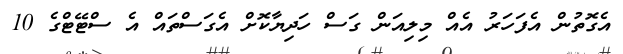
އެގޮތުން އެފަހަރު އެއް މިލިއަން ގަސް ހަދިޔާކޮށް އެގަސްތައް އެ ސްޓޭޓްގެ 10